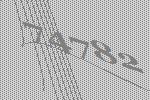
74782